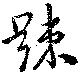
踈